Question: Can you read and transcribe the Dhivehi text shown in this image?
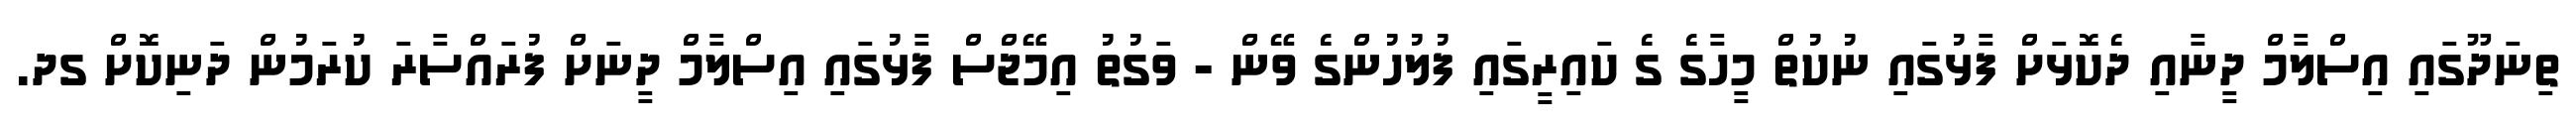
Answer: ތިނަދޫގައި އިސްލާމް ދީނާއި ދެކޮޅަށް ފާޅުގައި ނުކުތް މީހާގެ ގެ ކައިރީގައި ފުލުހުންގެ ވޭން - ވަގުތު އިމޭޖްސް ފާޅުގައި އިސްލާމް ދީނަށް ފުރައްސާރަ ކުރަމުން ދަނިކޮށް ގދ.